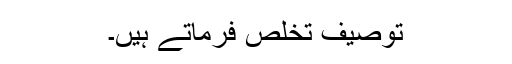
توصیف تخلص فرماتے ہیں۔